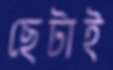
ছেটাই